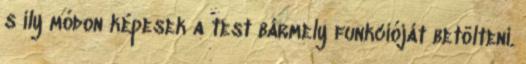
s ily módon képesek a test bármely funkcióját betölteni.